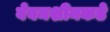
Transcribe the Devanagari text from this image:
वेबमशीनकडे